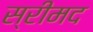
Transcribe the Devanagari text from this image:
स्रीमद